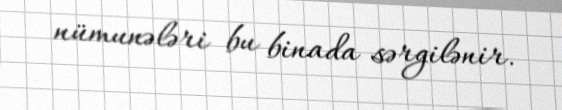
nümunələri bu binada sərgilənir.